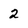
Character: 2